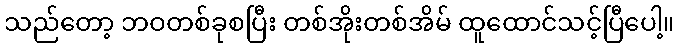
သည်တော့ ဘဝတစ်ခုစပြီး တစ်အိုးတစ်အိမ် ထူထောင်သင့်ပြီပေါ့။